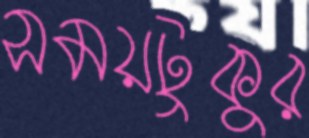
সময়টুকুর